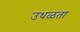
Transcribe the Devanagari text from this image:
उधळता